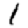
Digit: 1